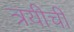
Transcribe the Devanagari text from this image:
त्रयीची